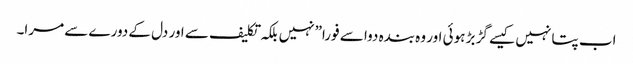
اب پتا نہیں کیسے گڑ بڑ ہوئی اور وہ بندہ دوا سے فورا”نہیں بلکہ تکلیف سے اور دل کے دورے سے مرا۔